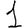
Digit: 1